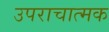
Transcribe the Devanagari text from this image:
उपराचात्मक